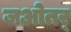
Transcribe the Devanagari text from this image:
जओतर्